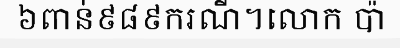
៦ពាន់៩៨៩ករណី។លោក ប៉ា